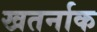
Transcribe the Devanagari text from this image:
खतर्नाक